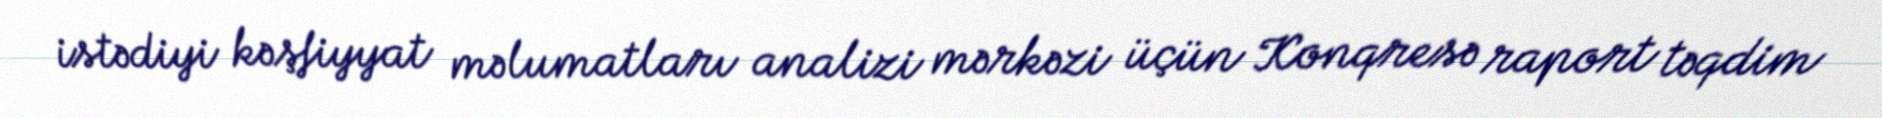
istədiyi kəşfiyyat məlumatları analizi mərkəzi üçün Konqresə raport təqdim